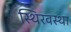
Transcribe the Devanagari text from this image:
स्थिरवस्था